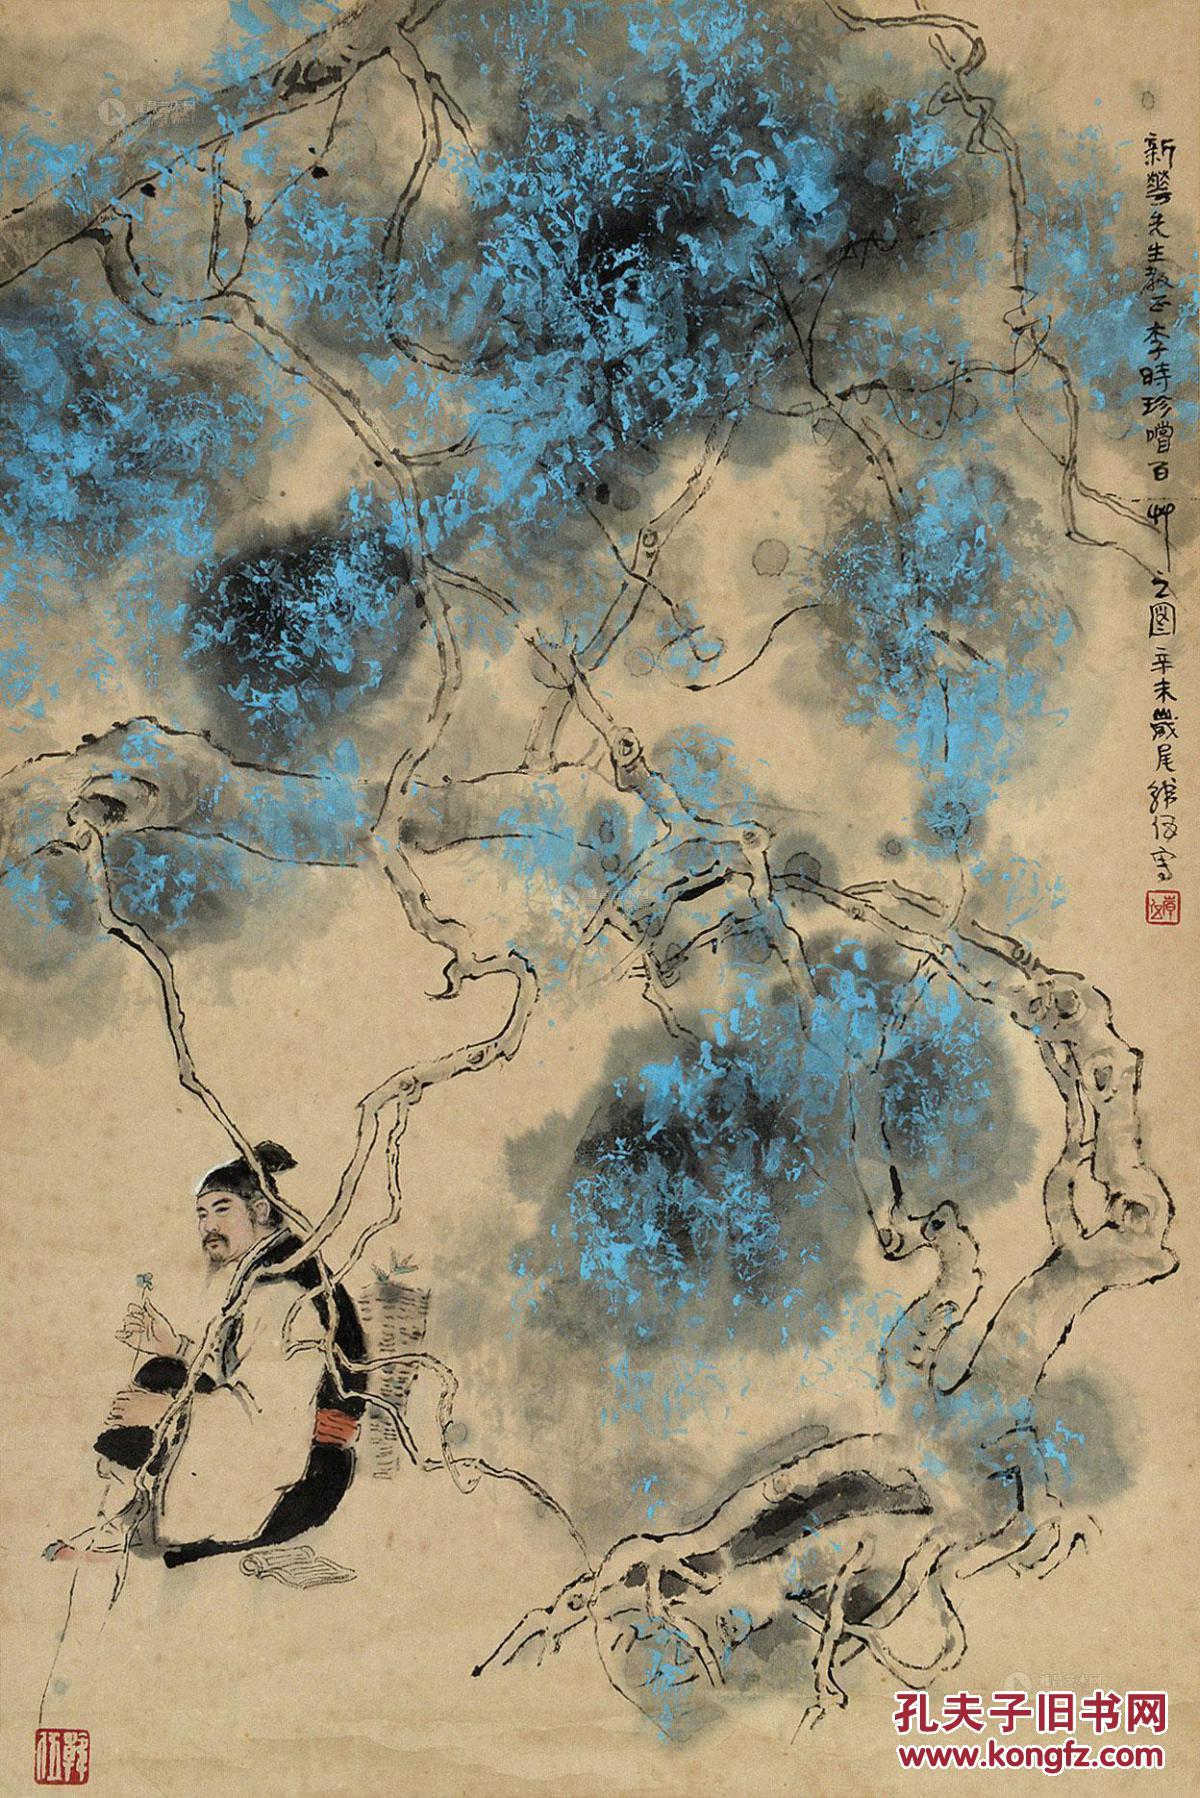
雨中百草秋烂死，阶下决明颜色鲜。